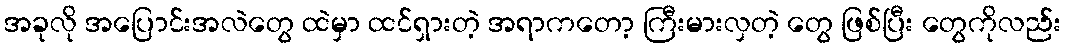
အခုလို အပြောင်းအလဲတွေ ထဲမှာ ထင်ရှားတဲ့ အရာကတော့ ကြီးမားလှတဲ့ တွေ ဖြစ်ပြီး တွေကိုလည်း